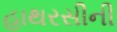
હાથરસીની